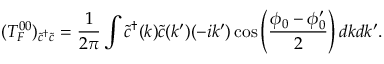
( { \cal T } _ { F } ^ { 0 0 } ) _ { \tilde { c } ^ { \dagger } \tilde { c } } = { \frac { 1 } { 2 \pi } } \int \tilde { c } ^ { \dagger } ( k ) \tilde { c } ( k ^ { \prime } ) ( - i k ^ { \prime } ) \cos \left( { \frac { \phi _ { 0 } - \phi _ { 0 } ^ { \prime } } { 2 } } \right) d k d k ^ { \prime } .